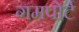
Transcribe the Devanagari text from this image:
गमपोर्ट